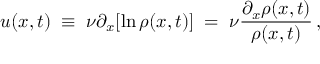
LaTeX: u ( x , t ) \; \equiv \; \nu \partial _ { x } [ \ln \rho ( x , t ) ] \; = \; \nu \frac { \partial _ { x } \rho ( x , t ) } { \rho ( x , t ) } \, ,